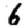
Digit: 6